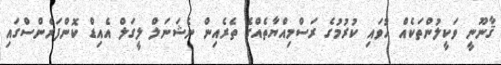
ޤާނޫނީ ވަކީލުންތަކެއް ހުވައި ކުރުމުގެ ރަސްމިއްޔާތެއްގެ ތެރެއިން ނެޝަނަލް ލީގަލް އެއިޑް ކޮންފަރެންސްގައި